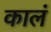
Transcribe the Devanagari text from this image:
कालं